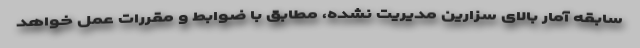
سابقه آمار بالای سزارین مدیریت نشده، مطابق با ضوابط و مقررات عمل خواهد